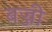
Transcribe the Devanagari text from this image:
बज्जी